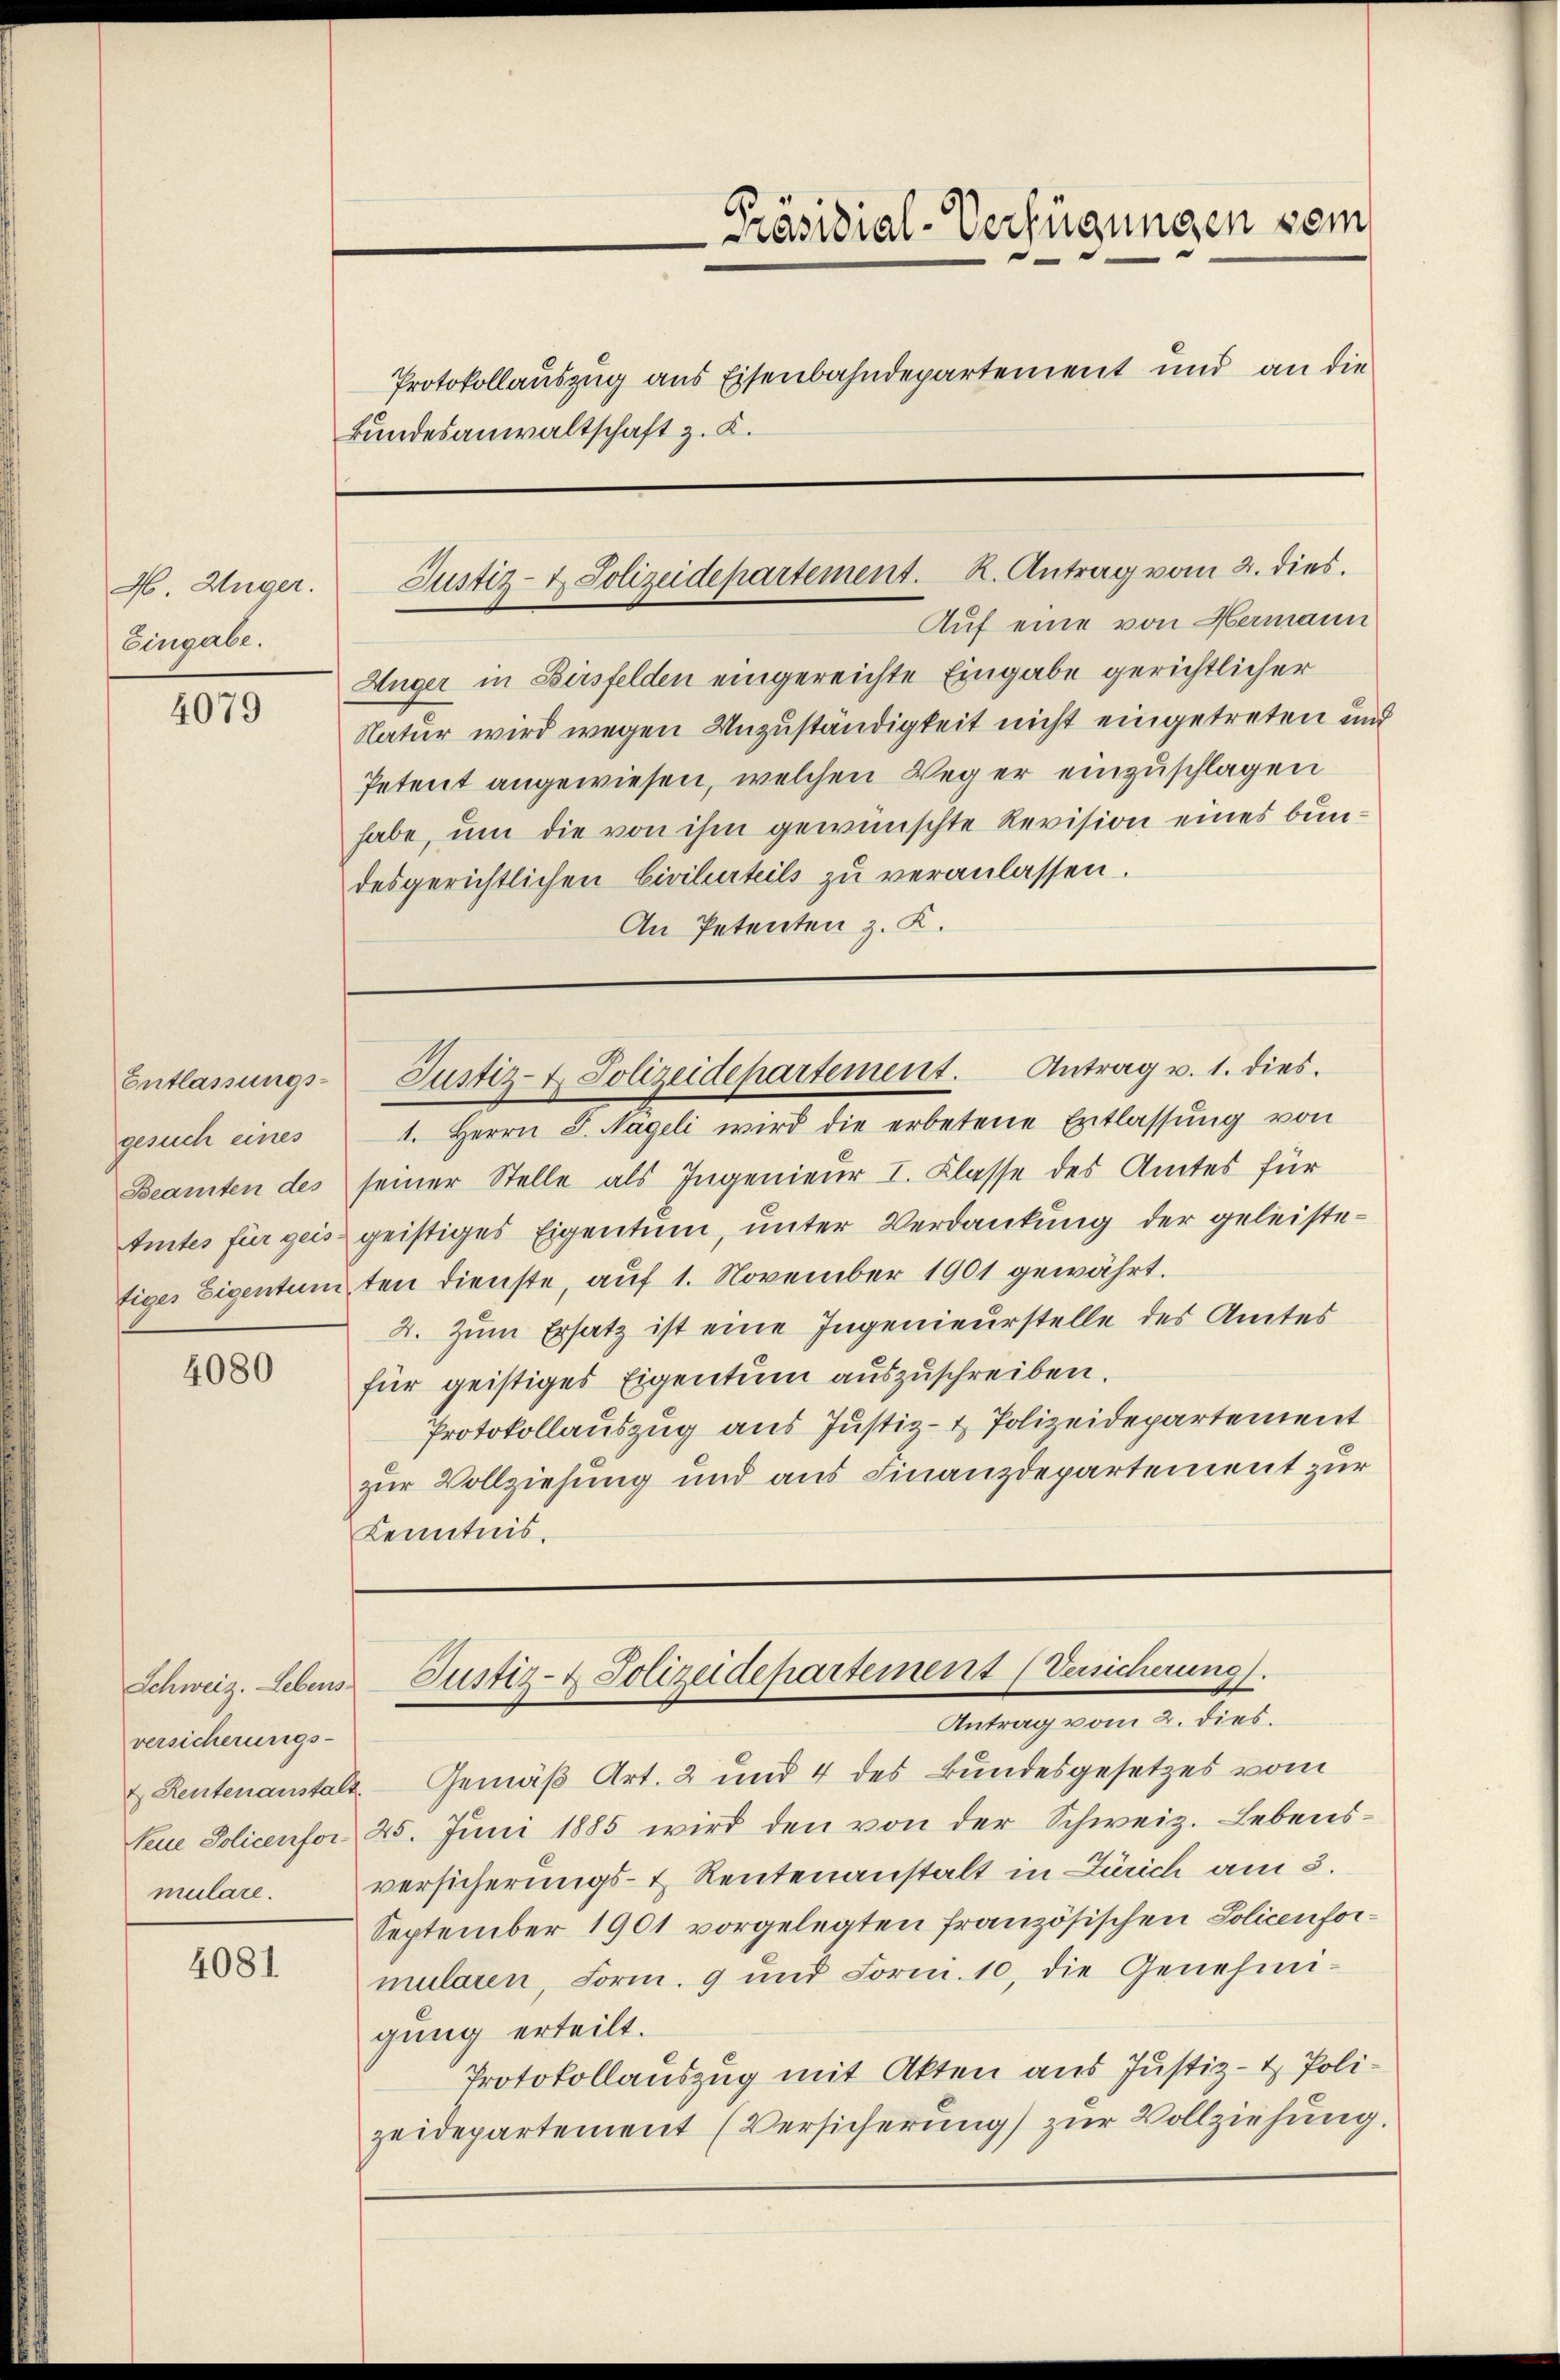
H. Unger.
Eingabe.

4079

Entlassungs-
gesuch eines
Beamten des
Amtes für geis

4080

Schweiz. Lebens-
versicherungs-
mulare.

4081

Bundesanwaltschaft z. K.

Auf eine von Hermann
Hüger in Bersfelden eingereichte Eingabe gerichtlicher
Natur wird wegen Unzuständigkeit nicht eingetreten und
Petent angewiesen, welchen Weg er einzuschlagen
habe, um die von ihm gewünschte Revision eines bundesgerichtlichen Civilurteils zu veranlassen.
An Petenten z. K.

Präsidial-Verfügungen sein
Protokollauszug aus Eisenbahndepartement und an die

Justiz- & Polizeidepartement. K. Antrag vom 2. dies.

1. Herrn J. Nageli wird die erbetene Entlassŭng von
seiner Stelle als Ingenieur I. Klasse des Amtes für
geistiges Eigentum, unter Verdankung der geleistefiges Eigentum ten dienste, auf 1. November 1901 gewährt.
2. Zum Ersatz ist eine Ingenieurstelle des Amtes
für geistiges Eigentum auszuschreiben.
Protokollauszug aus Justiz- & Polizeidepartement
zur Vollziehung und aus Finanzdepartement zur
Kenntnis.

Justiz- & Polizeidepartement. Antrag u. 1. dies.

Justiz- & Polizeidepartement (Versicherung.

Antrag vom 2. dies.
& Reutenanstalt. Gemäß Art. 2 und 4 des Bundesgesetzes vom
Seue Policenfor 25. Juni 1885 wird den von der Schweiz. Lebensversicherungs- & Reutenanstalt in Zürich am 3.
September 1901 vorgelegten französischen Policenformularen, Form. 9 und Forni. 10, die Genehmi-
gung erteilt.
Protokollauszug mit Akten aus Justiz- & Polizeidepartement (Versicherung) zur Vollziehung.